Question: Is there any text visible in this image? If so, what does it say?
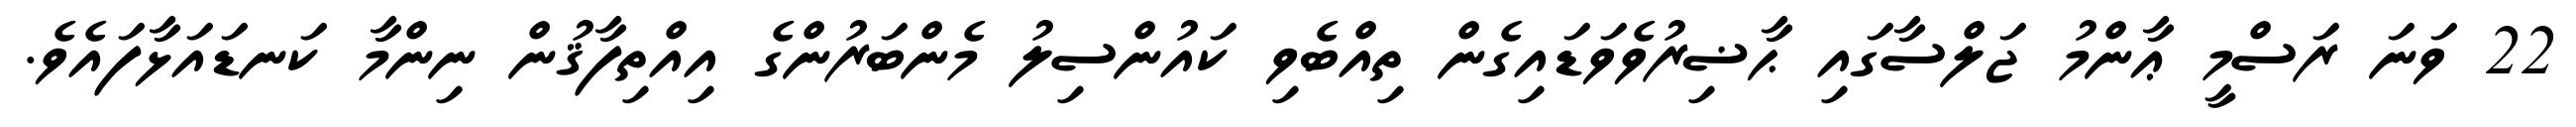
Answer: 22 ވަނަ ރަސްމީ ޢާންމު ޖަލްސާގައި ޙާޟިރުވެވަޑައިގެން ތިއްބެވި ކައުންސިލު މެންބަރުންގެ އިއްތިފާޤުން ނިންމާ ކަނޑައަޅާފައެވެ.